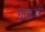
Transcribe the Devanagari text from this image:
घोडाझरी